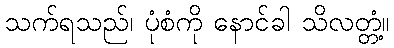
သက်ရသည်၊ ပုံစံကို နောင်ခါ သိလတ္တံ့။